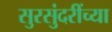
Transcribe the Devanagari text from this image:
सुरसुंदरींच्या